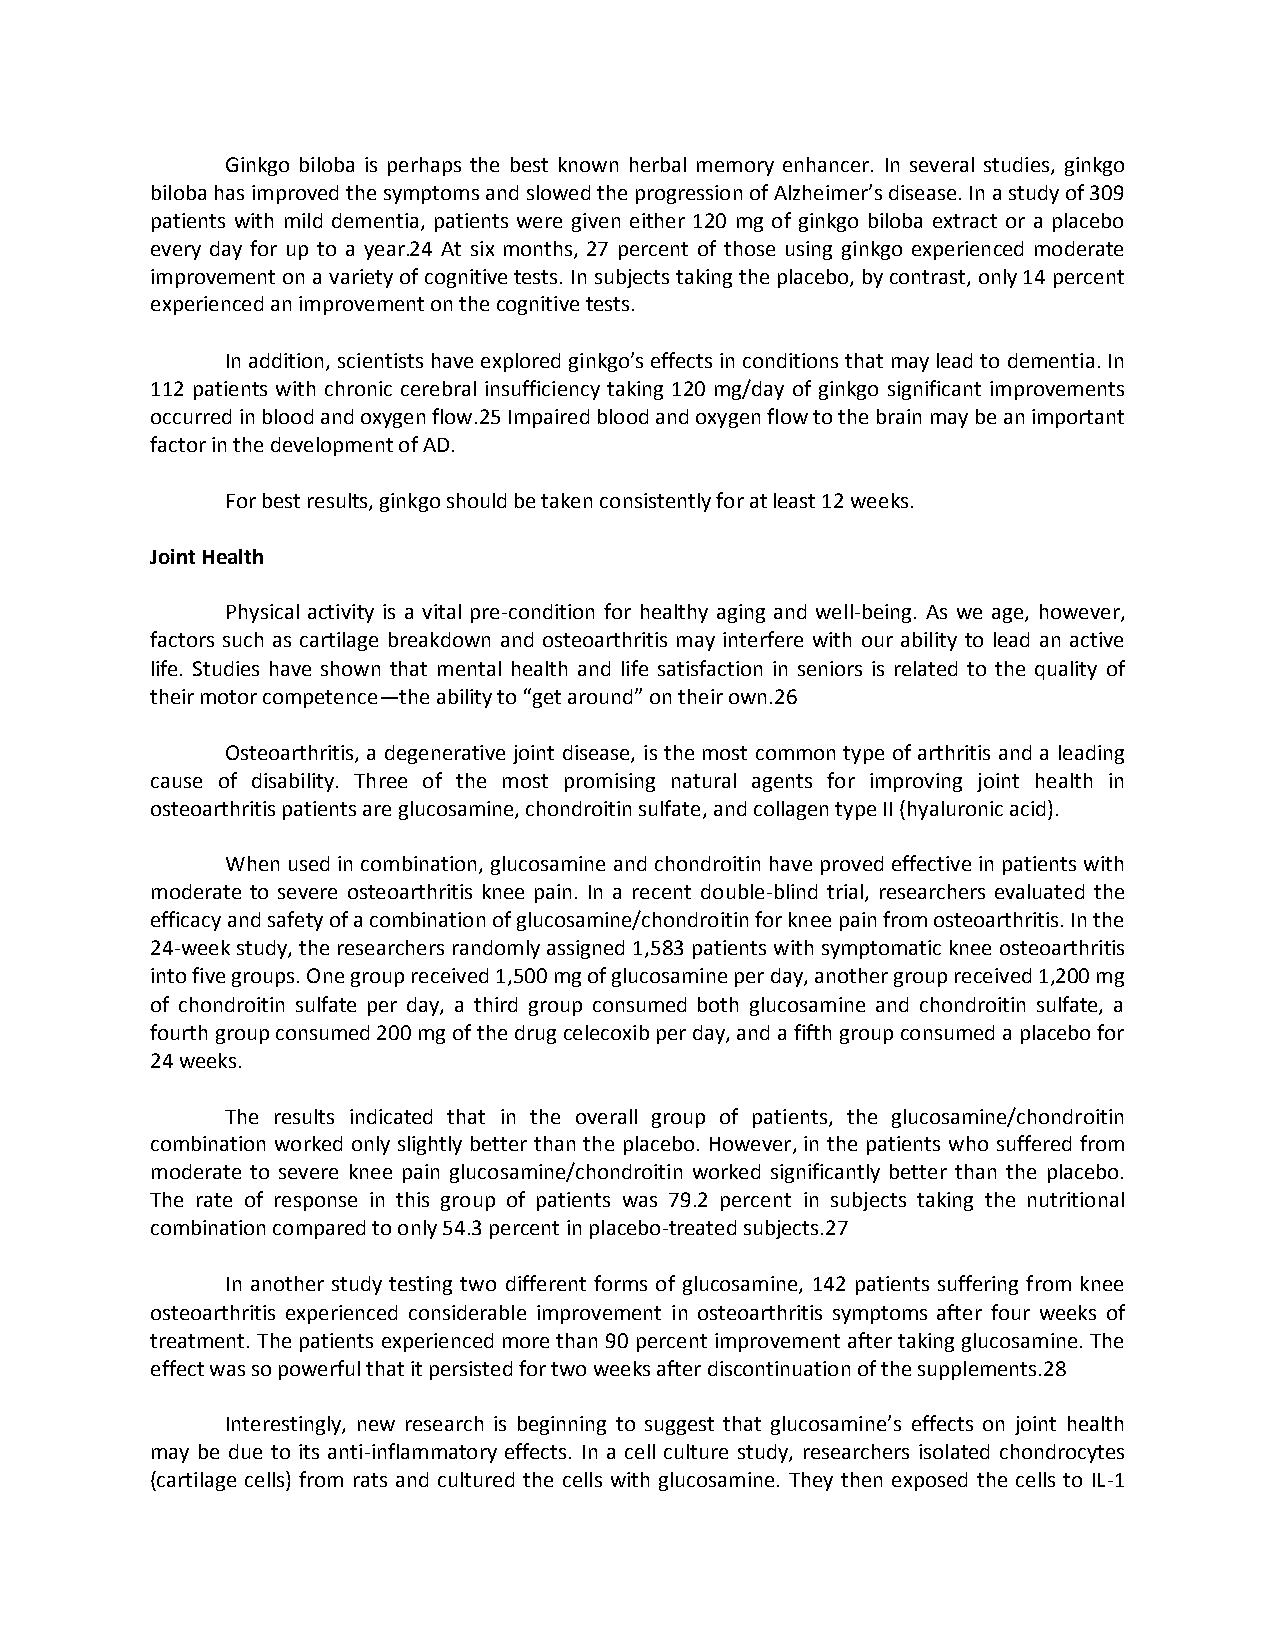
Ginkgo biloba is perhaps the best known herbal memory enhancer. In several studies, ginkgo
 biloba has improved the symptoms and slowed the progression of Alzheimer’s disease. In a study of 309
 patients with mild dementia, patients were given either 120 mg of ginkgo biloba extract or a placebo
 every day for up to a year.24 At six months, 27 percent of those using ginkgo experienced moderate
 improvement on a variety of cognitive tests. In subjects taking the placebo, by contrast, only 14 percent
 experienced an improvement on the cognitive tests.
 In addition, scientists have explored ginkgo’s effects in conditions that may lead to dementia. In
 112 patients with chronic cerebral insufficiency taking 120 mg/day of ginkgo significant improvements
 occurred in blood and oxygen flow.25 Impaired blood and oxygen flow to the brain may be an important
 factor in the development of AD.
 For best results, ginkgo should be taken consistently for at least 12 weeks.
 Joint Health
 Physical activity is a vital pre-condition for healthy aging and well-being. As we age, however,
 factors such as cartilage breakdown and osteoarthritis may interfere with our ability to lead an active
 life. Studies have shown that mental health and life satisfaction in seniors is related to the quality of
 their motor competence—the ability to “get around” on their own.26
 Osteoarthritis, a degenerative joint disease, is the most common type of arthritis and a leading
 cause of disability. Three of the most promising natural agents for improving joint health in
 osteoarthritis patients are glucosamine, chondroitin sulfate, and collagen type II (hyaluronic acid).
 When used in combination, glucosamine and chondroitin have proved effective in patients with
 moderate to severe osteoarthritis knee pain. In a recent double-blind trial, researchers evaluated the
 efficacy and safety of a combination of glucosamine/chondroitin for knee pain from osteoarthritis. In the
 24-week study, the researchers randomly assigned 1,583 patients with symptomatic knee osteoarthritis
 into five groups. One group received 1,500 mg of glucosamine per day, another group received 1,200 mg
 of chondroitin sulfate per day, a third group consumed both glucosamine and chondroitin sulfate, a
 fourth group consumed 200 mg of the drug celecoxib per day, and a fifth group consumed a placebo for
 24 weeks.
 The results indicated that in the overall group of patients, the glucosamine/chondroitin
 combination worked only slightly better than the placebo. However, in the patients who suffered from
 moderate to severe knee pain glucosamine/chondroitin worked significantly better than the placebo.
 The rate of response in this group of patients was 79.2 percent in subjects taking the nutritional
 combination compared to only 54.3 percent in placebo-treated subjects.27
 In another study testing two different forms of glucosamine, 142 patients suffering from knee
 osteoarthritis experienced considerable improvement in osteoarthritis symptoms after four weeks of
 treatment. The patients experienced more than 90 percent improvement after taking glucosamine. The
 effect was so powerful that it persisted for two weeks after discontinuation of the supplements.28
 Interestingly, new research is beginning to suggest that glucosamine’s effects on joint health
 may be due to its anti-inflammatory effects. In a cell culture study, researchers isolated chondrocytes
 (cartilage cells) from rats and cultured the cells with glucosamine. They then exposed the cells to IL-1